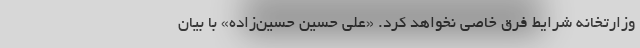
وزارتخانه شرایط فرق خاصی نخواهد کرد. «علی حسین حسین‌زاده» با بیان